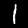
Digit: 1